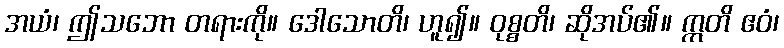
အယံ၊ ဤသဘော တရားကို။ ဒေါသောတိ၊ ဟူ၍။ ဝုစ္စတိ၊ ဆိုအပ်၏။ ဣတိ ဧဝံ၊